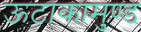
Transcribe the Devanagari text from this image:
ऊटाकामुण्ड